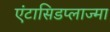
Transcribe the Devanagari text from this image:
एंटासिडप्लाज्मा